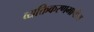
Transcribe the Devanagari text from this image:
व्यक्तिकरणमापीय